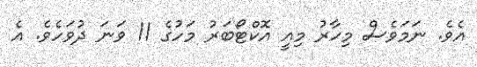
އެވެ. ނަމަވެސް މިހާރު މިއީ އޮކްޓޯބަރު މަހުގެ 11 ވަނަ ދުވަހެވެ. އެ